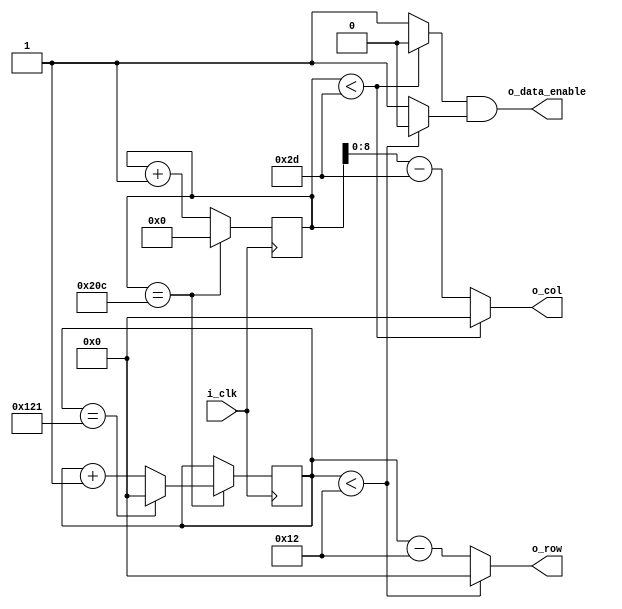
module data_enable (input i_clk,
                    output o_data_enable,
                    output [8:0] o_col,
                    output [8:0] o_row);

localparam 
TOTAL_HORIZONTAL = 10'd525,
TOTAL_VERTICAL = 10'd290,
HORIZONTAL_BLANKING = 10'd45,
VERTICAL_BLANKING = 10'd18;

wire w_hsync, w_vsync;
reg [9:0] r_hcounter = 0;
reg [8:0] r_vcounter = 0;

    always @ (posedge i_clk)
    begin
        if (r_hcounter == TOTAL_HORIZONTAL-1)
        begin
            r_hcounter <= 0;
            if(r_vcounter == TOTAL_VERTICAL-1) r_vcounter <= 0;
            else r_vcounter <= r_vcounter + 1;
        end
        else r_hcounter <= r_hcounter + 1;
    end

    assign w_hsync = (r_hcounter < HORIZONTAL_BLANKING) ? 1'b0 : 1'b1;
    assign w_vsync = (r_vcounter < VERTICAL_BLANKING) ? 1'b0 : 1'b1;
    assign o_data_enable = (w_hsync & w_vsync);

    assign o_col = (r_hcounter < HORIZONTAL_BLANKING) ? 9'd0 : (r_hcounter - HORIZONTAL_BLANKING);
    assign o_row = (r_vcounter < VERTICAL_BLANKING) ? 9'd0 : (r_vcounter - VERTICAL_BLANKING);

endmodule